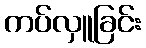
ကပ်လှူခြင်း